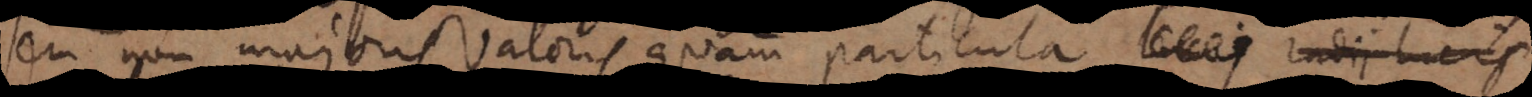
seu non majoris valoris quam particula lucis radii lucis